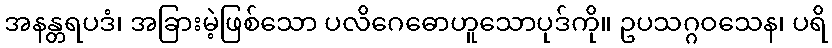
အနန္တရပဒံ၊ အခြားမဲ့ဖြစ်သော ပလိဂေဓောဟူသောပုဒ်ကို။ ဥပသဂ္ဂဝသေန၊ ပရိ